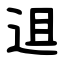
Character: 䢐